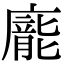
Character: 𭚂